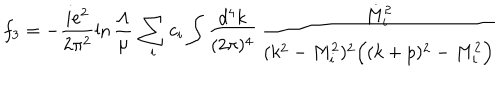
LaTeX: f _ { 3 } = - \frac { i e ^ { 2 } } { 2 \pi ^ { 2 } } \ln \frac { \Lambda } { \mu } \, \sum _ { i } c _ { i } \int \frac { d ^ { 4 } k } { ( 2 \pi ) ^ { 4 } } \, \frac { M _ { i } ^ { 2 } } { ( k ^ { 2 } - M _ { i } ^ { 2 } ) ^ { 2 } \Big ( ( k + p ) ^ { 2 } - M _ { i } ^ { 2 } \Big ) } \qquad \quad